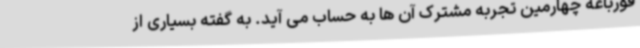
قورباغه چهارمین تجربه مشترک آن ها به حساب می آید. به گفته بسیاری از